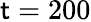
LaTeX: \mathsf{t}=200